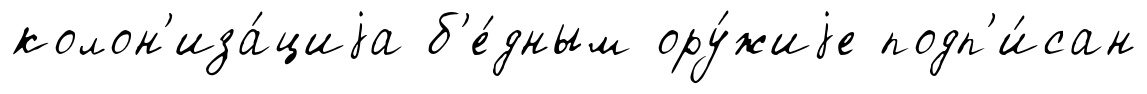
колон'иза́циjа б'е́дным ору́жиjе подп'и́сан